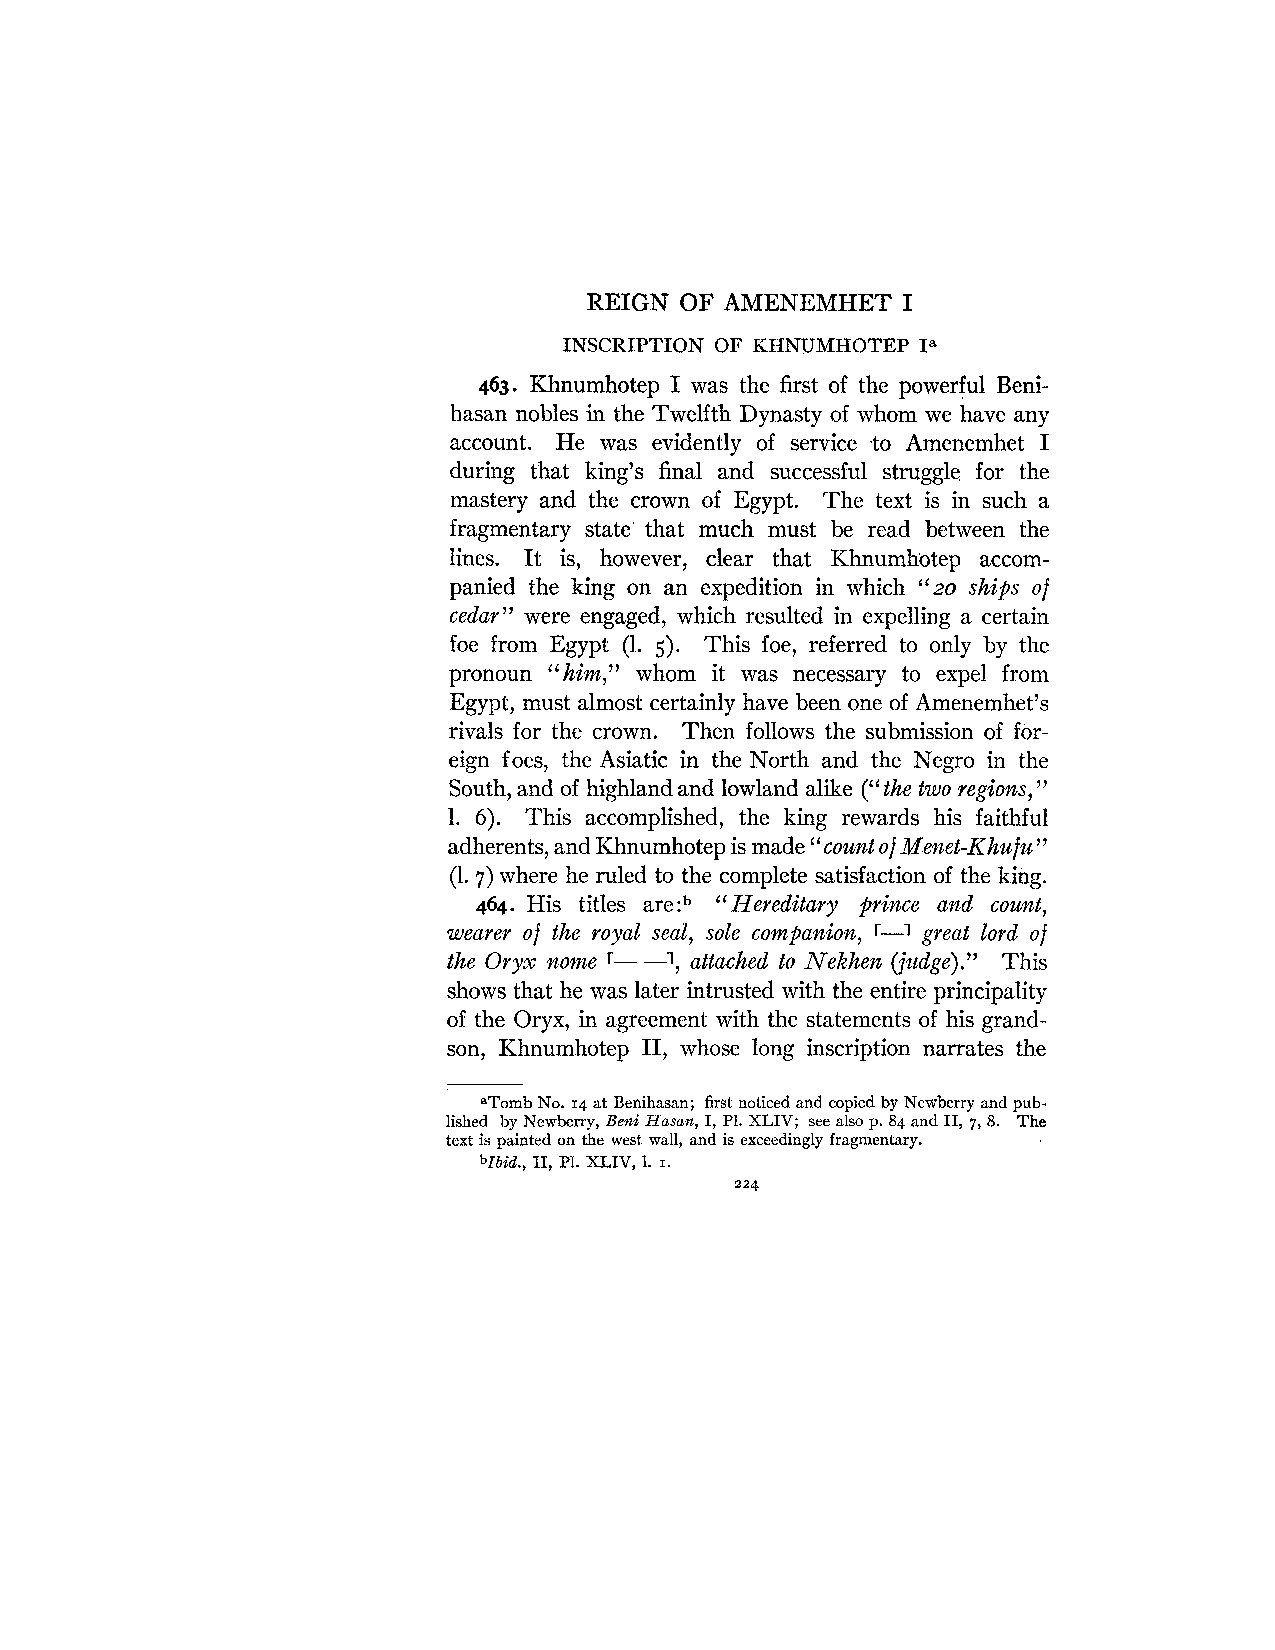
REIGN OF AMENEMHET   I
 INSCRIPTION OF KHNUMHOTEP Ia
 463. Khnumhotep I was the first of the powerful Beni-
 hasan nobles in the Twelfth Dynasty of whom we have any
 account. He was evidently of service to Amenemhet I
 during that king's final and successful struggle for the
 mastery and the crown of Egypt. The text is in such a
 fragmentary state' that much must be read between the
 lines. It is, however, clear that Khnumhotep accom-
 panied the king on an expedition in which "20 ships of
 cedar" were engaged, which resulted in expelling a certain
 foe from Egypt (1. 5). This foe, referred to only by the
 pronoun "him," whom it was necessary to expel from
 Egypt, must almost certainly have been one of Amenemhet7s
 rivals for the crown. Then follows the submission of for-
 eign foes, the Asiatic in the North and the Negro in the
 South, and of highland and lowland alike ("the two regions,
 "
 1. 6). This accomplished, the king rewards his faithful
 adherents, and Khnumhotep is made "count of Menet-Khu/u7'
 (1. 7) where he ruled to the complete satisfaction of the king.
 464. His titles are:b '(Hereditary prince and count,
 wearer of the royal seal, sole companion, r-1 great lord of
 ,
 the Oryx nome r- -1 attached to Nekhen (judge)." This
 shows that he was later intrusted with the entire principality
 of the Oryx, in agreement with the statements of his grand-
 son, Khnumhotep 11, whose long inscription narrates the
 aTomb No. 14 at Benihasan; first noticed and copied by Newberry and pub-
 lished by Newberry, Ben< Hasan, I, P1. XLIV; see also p. 84 and 11, 7, 8. The
 text is painted on the west wall, and is exceedingly fragmentary.
 blbid., 11, P1. XLIV, 1. I.